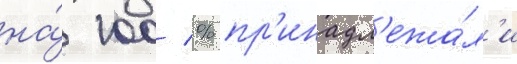
на́ 100 % пр'инадл'ежа́л'и